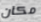
مكان